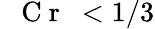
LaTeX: \mathrm{~\textit~{~C~r~}~}{}<1/3